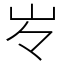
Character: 㞮